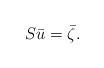
LaTeX: \begin{align*}S\bar{u} = \bar{\zeta}.\end{align*}